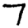
Digit: 7